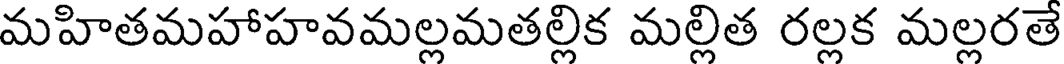
మహితమహాహవమల్లమతల్లిక మల్లిత రల్లక మల్లరతే